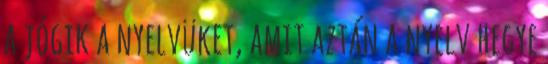
a jógik a nyelvüket, amit aztán a nyelv hegye